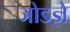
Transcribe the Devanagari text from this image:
जोडज्ञे